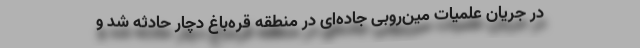
در جریان علمیات مین‌روبی جاده‌ای در منطقه قره‌باغ دچار حادثه شد و